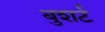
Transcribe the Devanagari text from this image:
बुशर्ट